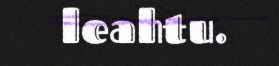
leahtu.